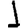
Digit: 1